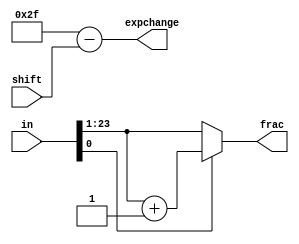
`timescale 1ns / 1ps
//////////////////////////////////////////////////////////////////////////////////
// Company: 
// Engineer: 
// 
// Design Name: 
// Module Name: floatmult
// Project Name: 
// Target Devices: 
// Tool Versions: 
// Description: 
// 
// Dependencies: 
// 
// Revision:
// Revision 0.01 - File Created
// Additional Comments:
// 
//////////////////////////////////////////////////////////////////////////////////


module normalmult(
input [24:0] in,
input [5:0] shift,
output reg [22:0] frac,
output reg [5:0] expchange
    );

always @ (*)
    begin
        frac = (in[0]) ? (in[23:1] + 1) : in[23:1];
        expchange = 47 - shift;
    end
endmodule